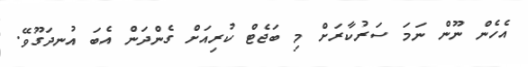
އެހެން ނޫން ނަމަ ސަރުކާރަށް މި ބަޖެޓް ކުރިއަށް ގެންދަން އެބަ އުނދަގޫވޭ.